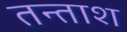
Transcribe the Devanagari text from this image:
तन्ताश